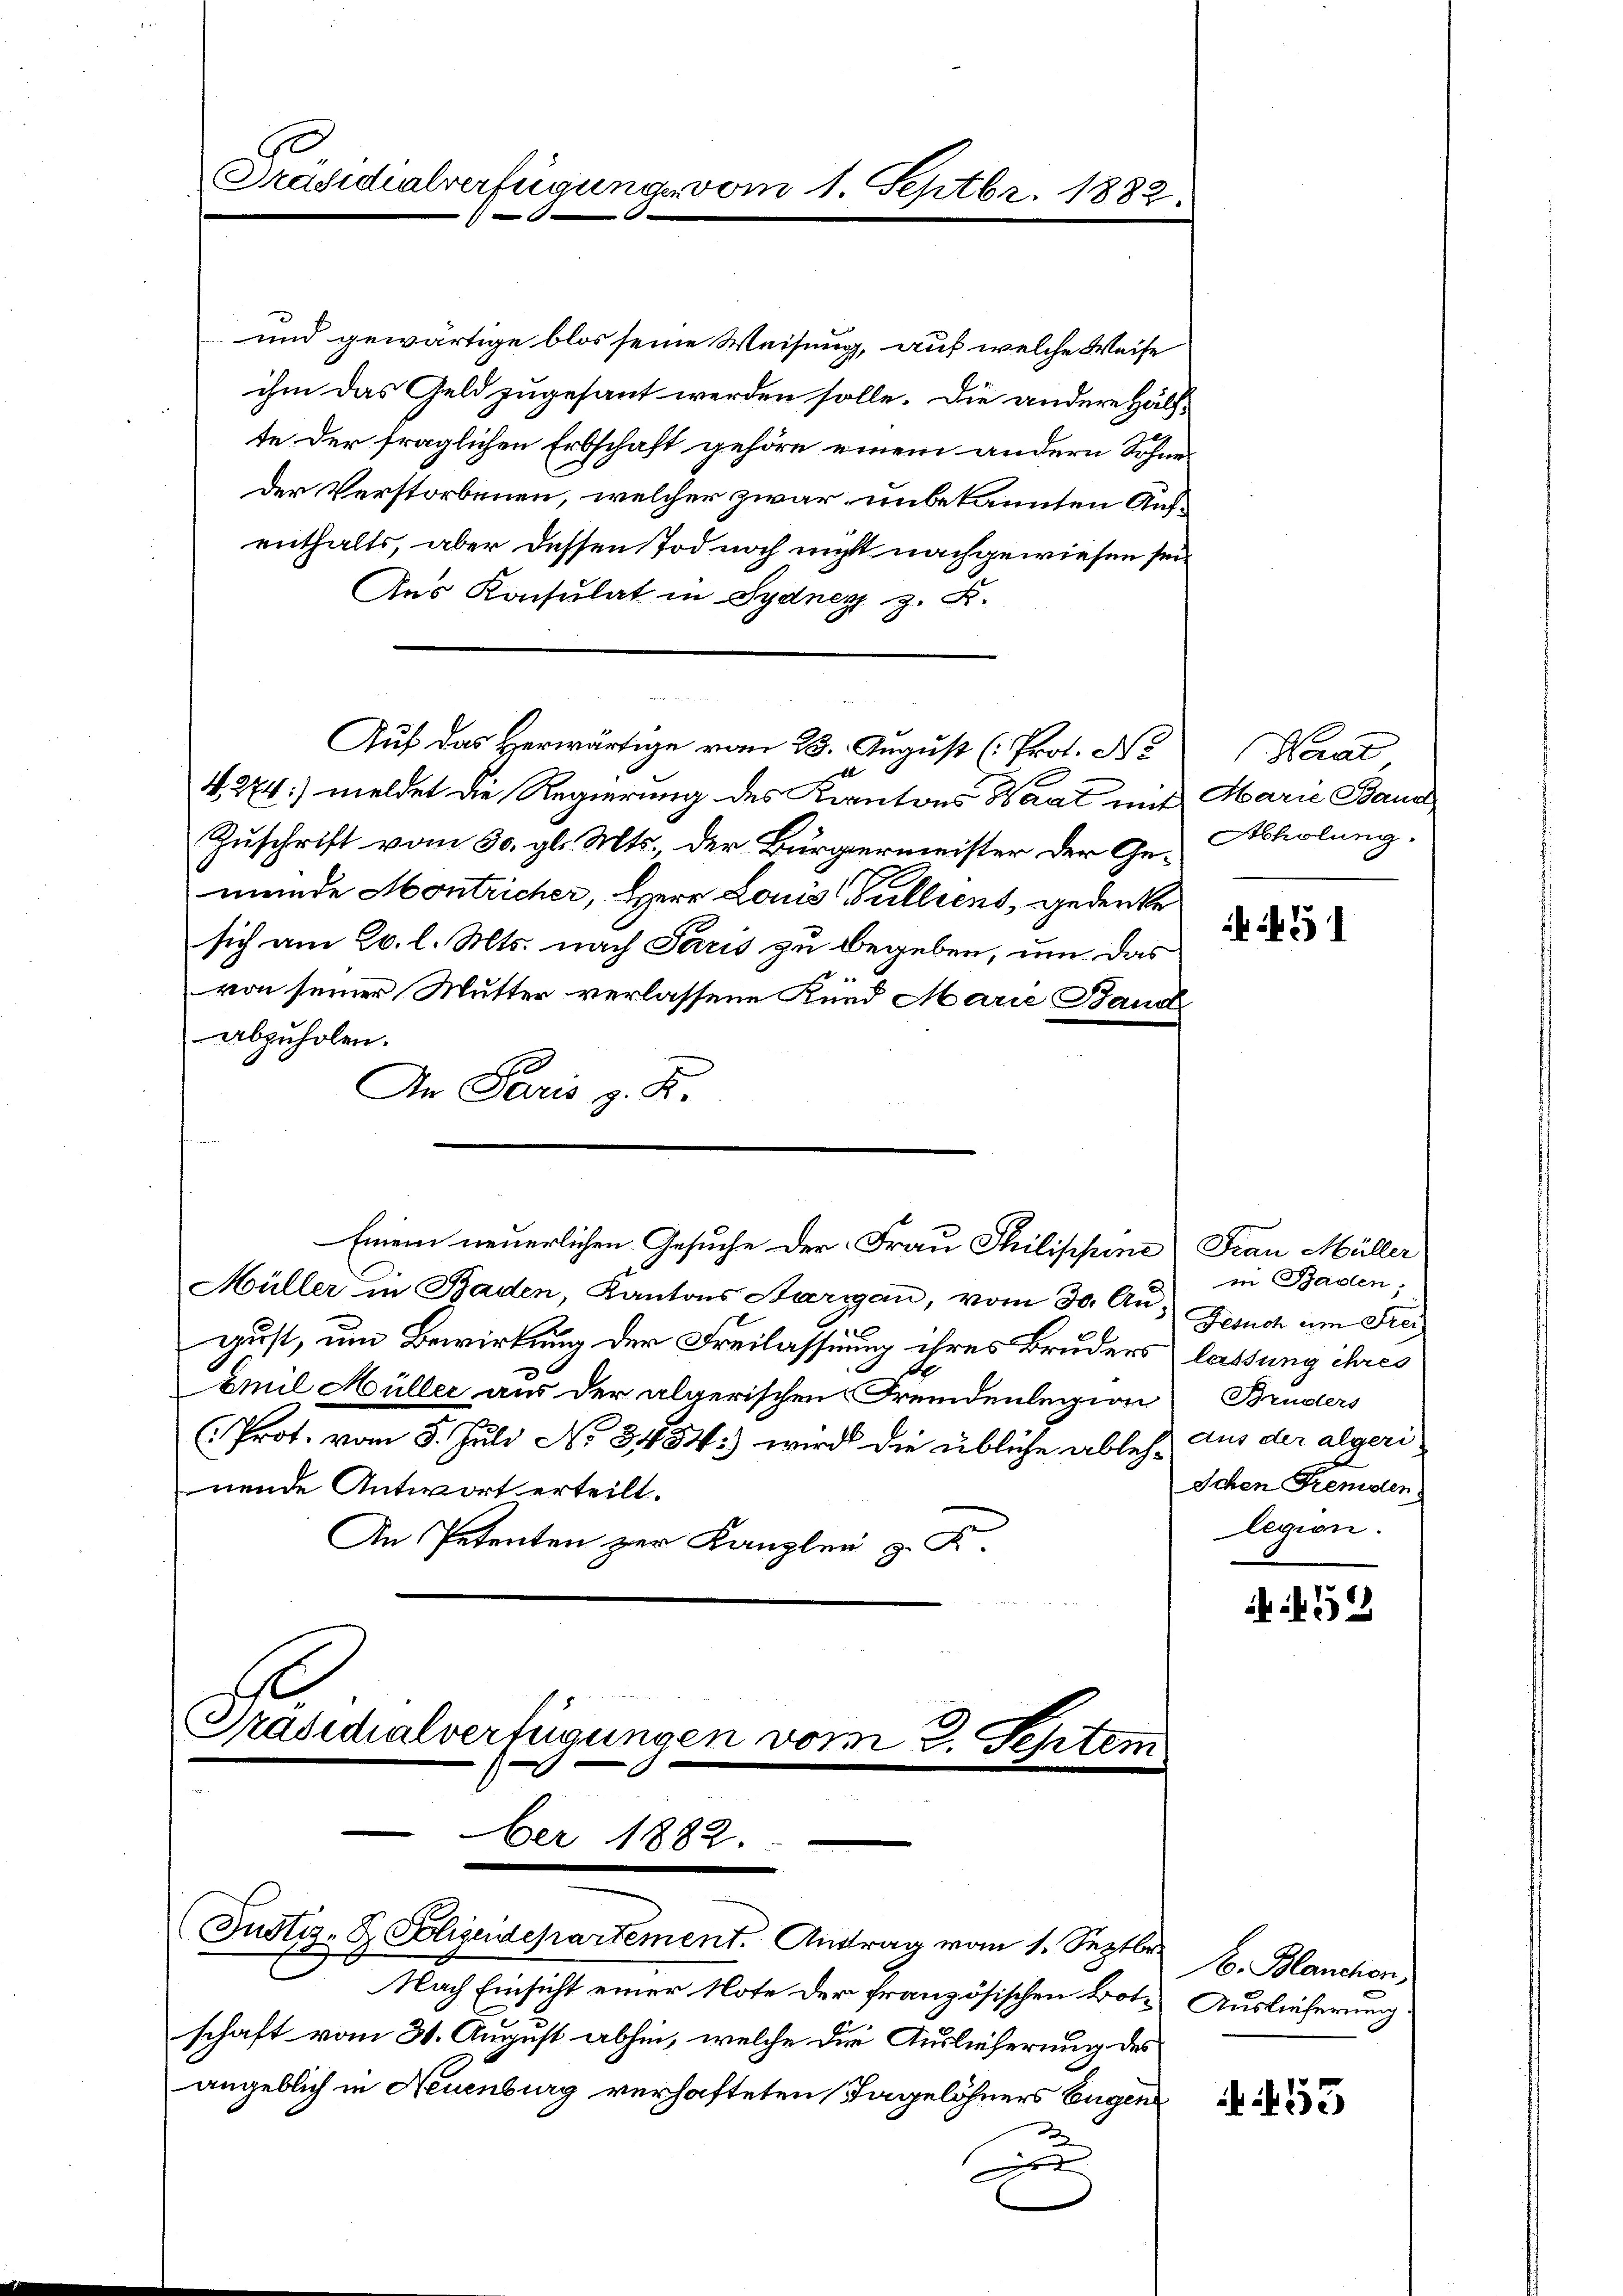
und gewärtige blos seine Weisung, auf welche Weise
ihm das Geld zugesant werden solle. Die andere Hälfte der fraglichen Erbschaft gehöre einem andern Sohne
der Verstorbenen, welcher zwar unbekannten Aufenthalts, aber dessen Tod noch nicht nachgewiesen sei
Aus Konsulat in Sydnez z. R.
be
4. 274) meldet die Regierung des Kantons Waat mit Marie Baum
Zuschrift vom 30. gl. Mts., der Bürgermeister der Ge-Abholung
mende Montricher, Herr Louis Gulliens, gedenke
sich am 20. l. Mts. nach Paris zu begeben, um das
von seiner Mutter verlassene Kind Marie Band
abzuholen.
An Paris g. K.
Einem neuerlichen Gesuche der Frau Philippine Frau Müller
Müller in Baden, Kantons Aargau, vom 30. Aus Gesuch um Freigust, um Bewirkung der Freilassung ihres Bruders lassung ihres
Emil Hüller aus der algerischen Fremdenlegion
Prot. vom 3. Juli No 3454) wird die übliche ablehe aus der algeri
nende Antwort erteilt.
An Petenten zur Kanzlei z. K.
Präsidialverfügungen vom 2. Septem

Präsidialverfügung vom 1. Septbr. 1882.

Auf das Herwärtige vom 23. August (: Prot. No

ber 1882.
Justiz- & Polizendepartement. Antrag vom 1. Septbr 8. Blanchen,

Nach Einsicht einer Note der französischen Bote Auslieferung
schaft vom 31. August abhin, welche die Auslieferung des
angeblich in Neuenburg verhafteten Tagelöhners Eugen
c

Paar

in Baden,
Bruders
Ichen Fremden
legion.

if. 32

f. 53